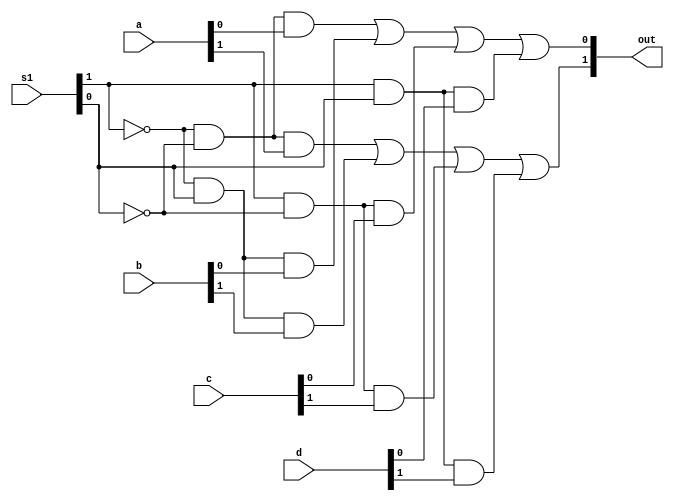
module mux4212(a,b,c,d,s1,out);
input [1:0]a,b,c,d;
input [1:0]s1;
output [1:0]out;
assign out[0]=(((~s1[1])&(~s1[0])&a[0])|((~s1[1])&s1[0]&b[0])|(s1[1]&(~s1[0])&c[0])|(s1[1]&s1[0]&d[0]));
assign out[1]=(((~s1[1])&((~s1[0]))&a[1])|(((~s1[1]))&s1[0]&b[1])|(s1[1]&((~s1[0]))&c[1])|(s1[1]&s1[0]&d[1]));
endmodule